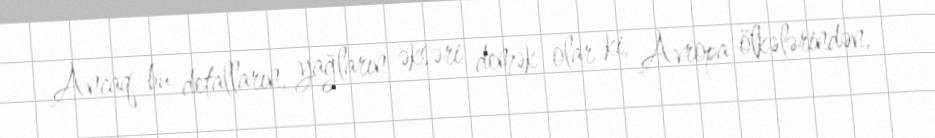
Ancaq bu detalların, yağların əksəri demək olar ki, Avropa ölkələrindən,